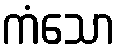
ကံသော